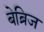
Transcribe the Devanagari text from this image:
बेब्रिज